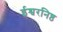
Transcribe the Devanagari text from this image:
ईश्वरनिष्ठ